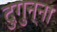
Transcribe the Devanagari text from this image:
दुगुन्ना